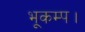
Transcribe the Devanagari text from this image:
भूकम्प।